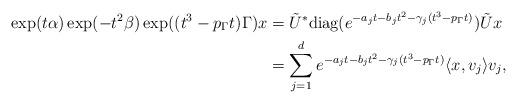
LaTeX: \begin{align*}\exp(t \alpha ) \exp(-t^2 \beta) \exp( (t^3-p_\Gamma t)\Gamma)x &= \tilde U^* \mbox{diag}(e^{-a_j t - b_j t^2 - \gamma_j (t^3-p_\Gamma t)}) \tilde Ux\\&= \sum_{j=1}^d e^{-a_j t - b_j t^2 - \gamma_j (t^3-p_\Gamma t)} \langle x, v_{j}\rangle v_{j}, \end{align*}